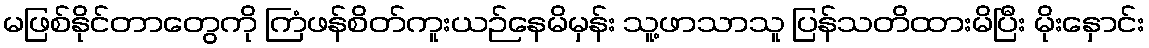
မဖြစ်နိုင်တာတွေကို ကြံဖန်စိတ်ကူးယဉ်နေမိမှန်း သူ့ဖာသာသူ ပြန်သတိထားမိပြီး မိုးနှောင်း